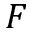
F